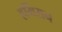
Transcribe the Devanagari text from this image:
हर्मिसन